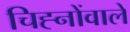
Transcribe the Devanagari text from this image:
चिह्नोंवाले